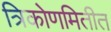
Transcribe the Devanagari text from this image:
त्रिकोणमितीत